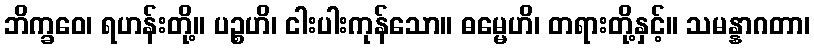
ဘိက္ခဝေ၊ ရဟန်းတို့။ ပဉ္စဟိ၊ ငါးပါးကုန်သော။ ဓမ္မေဟိ၊ တရားတို့နှင့်။ သမန္နာဂတာ၊